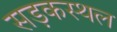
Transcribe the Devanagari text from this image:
सड़कस्थल